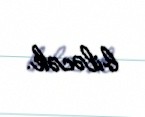
biləcək.